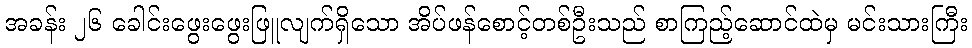
အခန်း ၂၆ ခေါင်းဖွေးဖွေးဖြူလျက်ရှိသော အိပ်ဖန်စောင့်တစ်ဦးသည် စာကြည့်ဆောင်ထဲမှ မင်းသားကြီး